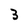
Character: 3